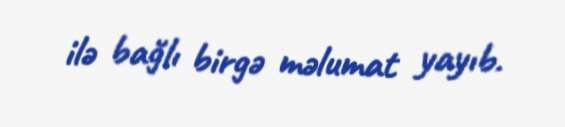
ilə bağlı birgə məlumat yayıb.